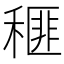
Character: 𥠶